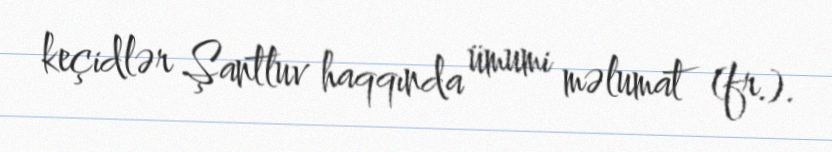
keçidlər Şantluv haqqında ümumi məlumat (fr.).